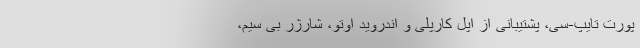
پورت تایپ-سی، پشتیبانی از اپل کارپلی و اندروید اوتو، شارژر بی سیم،